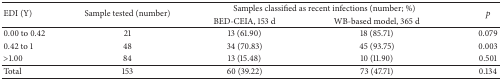
<table><thead><tr><td rowspan="2"><b>EDI (Y)</b></td><td rowspan="2"><b>Sample tested (number)</b></td><td colspan="2"><b>Samples classified as recent infections (number; %)</b></td><td rowspan="2"><b><i>p</i></b></td></tr><tr><td><b>BED-CEIA, 153 d</b></td><td><b>WB-based model, 365 d</b></td></tr></thead><tbody><tr><td>0.00 to 0.42</td><td>21</td><td>13 (61.90)</td><td>18 (85.71)</td><td>0.079</td></tr><tr><td>0.42 to 1</td><td>48</td><td>34 (70.83)</td><td>45 (93.75)</td><td>0.003</td></tr><tr><td>&gt;1.00</td><td>84</td><td>13 (15.48)</td><td>10 (11.90)</td><td>0.501</td></tr><tr><td>Total</td><td>153</td><td>60 (39.22)</td><td>73 (47.71)</td><td>0.134</td></tr></tbody></table>